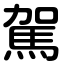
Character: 駕